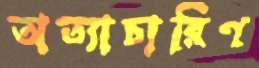
অত্যাচারিণ